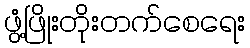
ဖွံ့ဖြိုးတိုးတက်စေရေး